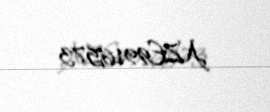
AZE9916573